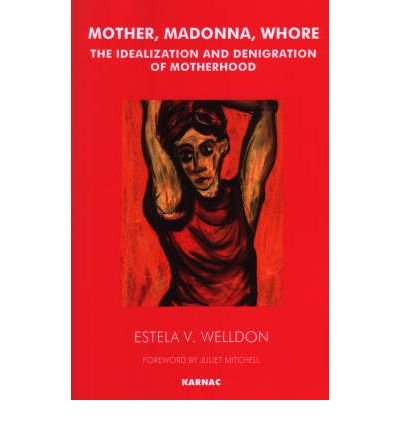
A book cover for Mother, Madonna, Whore: The Idealization and Denigration of Motherhood; Estela V. Welldon.; Gay & Lesbian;